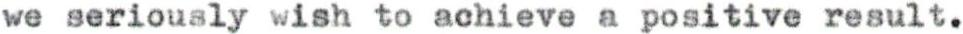
we serioualy wish to achieve a positive result.